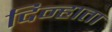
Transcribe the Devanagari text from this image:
दिन्हाता